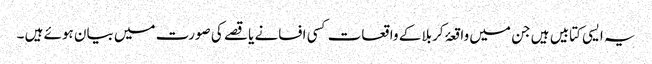
یہ ایسی کتابیں ہیں جن میں واقعۂ کربلا کے واقعات کسی افسانے یا قصے کی صورت میں بیان ہوئے ہیں ۔